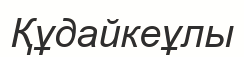
Құдайкеұлы